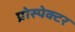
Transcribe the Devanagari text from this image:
प्रोस्पेक्टर